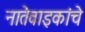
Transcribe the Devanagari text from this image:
नातेवाइकांचे